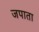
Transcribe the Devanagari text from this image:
जपाता